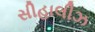
સીહાલીઝ